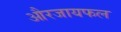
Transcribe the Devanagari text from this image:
औरजायफल